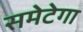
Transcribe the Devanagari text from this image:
समेटेगा